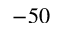
- 5 0